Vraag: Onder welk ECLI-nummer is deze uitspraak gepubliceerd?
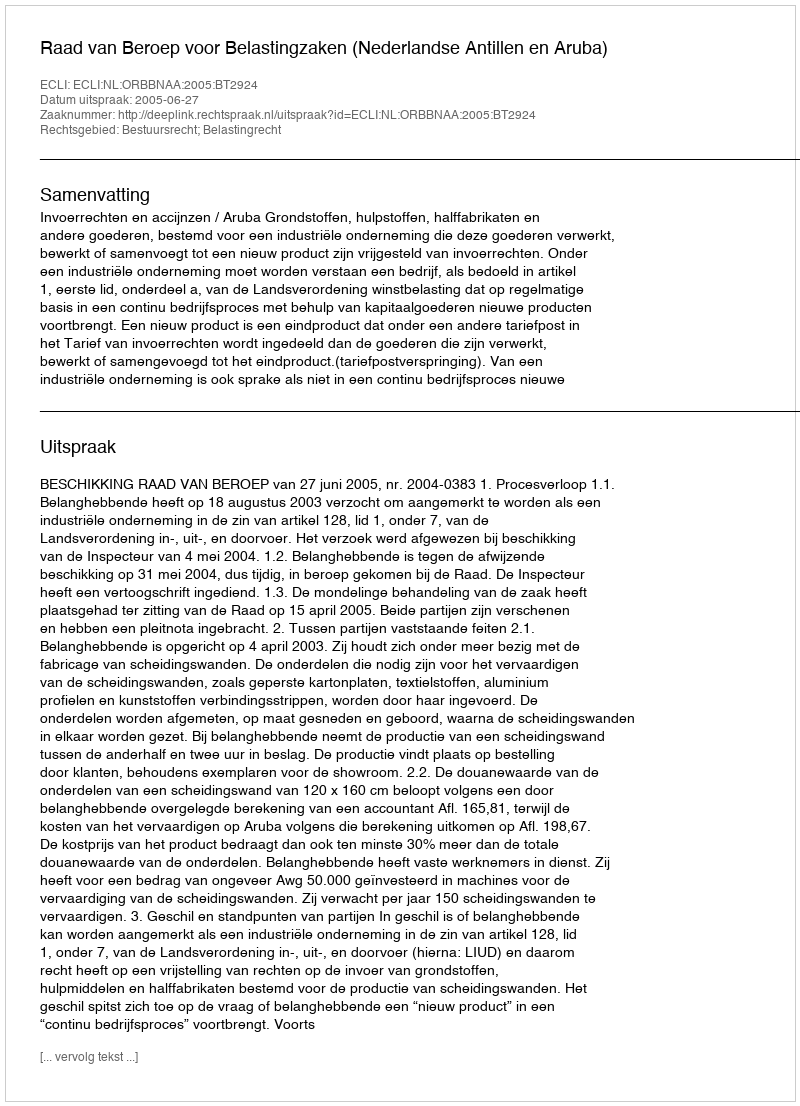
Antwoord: ECLI:NL:ORBBNAA:2005:BT2924